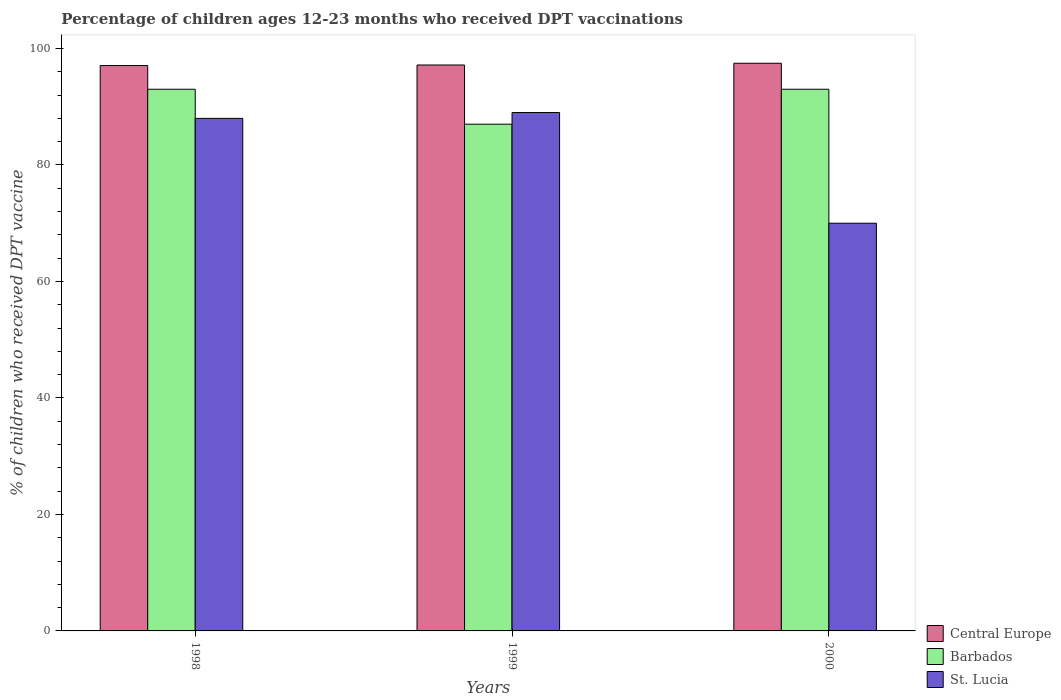
| Years | Central Europe | Barbados | St. Lucia |
 | --- | --- | --- | --- |
 | 1998 | 97.1 | 93 | 88 |
 | 1999 | 97.2 | 87 | 89 |
 | 2000 | 97.5 | 93 | 70 |